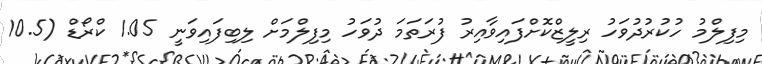
މިފިލްމު ހުކުރުދުވަހު ރިލީޒްކޮށްފައިވާއިރު ފުރަތަމަ ދުވަހު މިފިލްމަށް ލިބިފައިވަނީ 1.05 ކްރޯޑް (10.5